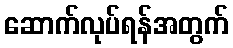
ဆောက်လုပ်ရန်အတွက်